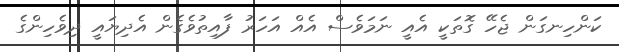
ކަންހިނގަން ޖެހޭ ގޮތަކީ އެއީ ނަމަވެސް އެއް އަހަރު ފާއިތުވެގެން އެދިޔައީ ދިވެހިންގެ